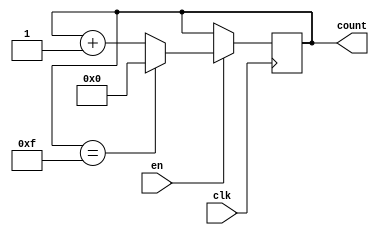
module binary_up_counter_with_enable (
    input wire clk,
    input wire en,
    output reg [3:0] count
);

always @(posedge clk) begin
    if(en) begin
        if(count == 4'b1111)
            count <= 4'b0000;
        else
            count <= count + 1;
    end
end

endmodule